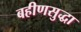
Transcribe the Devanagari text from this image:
बहीणसुद्धा